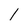
Character: l